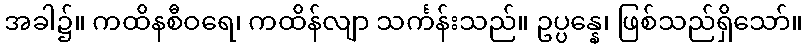
အခါ၌။ ကထိနစီဝရေ၊ ကထိန်လျာ သင်္ကန်းသည်။ ဥပ္ပန္နေ၊ ဖြစ်သည်ရှိသော်။